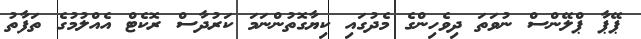
ޕޭޕާ ޕްލޭންސް ނުވަތަ ދިވެހިންގެ މެދުގައި ކިޔާގޮތުންނަމަ ކަރުދާސް ރޮކެޓް އެއްލުމުގެ ތަފާތު